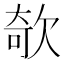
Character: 欹